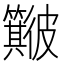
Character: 𱝻